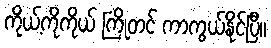
ကိုယ့်ကိုကိုယ် ကြိုတင် ကာကွယ်နိုင်ပြီ။